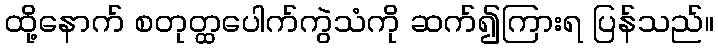
ထို့နောက် စတုတ္ထပေါက်ကွဲသံကို ဆက်၍ကြားရ ပြန်သည်။